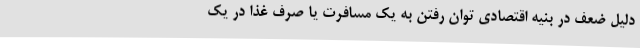
دلیل ضعف در بنیه اقتصادی توان رفتن به یک مسافرت یا صرف غذا در یک